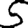
Digit: 5